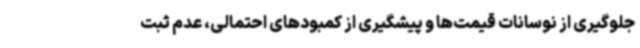
جلوگیری از نوسانات قیمت‌ها و پیشگیری از کمبودهای احتمالی، عدم ثبت